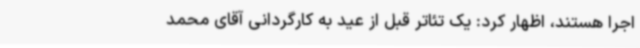
اجرا هستند، اظهار کرد: یک تئاتر قبل از عید به کارگردانی آقای محمد